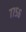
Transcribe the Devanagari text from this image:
७७५६